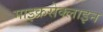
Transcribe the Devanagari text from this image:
माइक्रसेक्लाइन